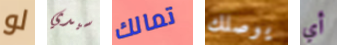
لو سيدي تمالك يوصلك أي